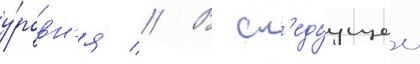
у́ровн'я // В сл'едуущеи